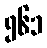
၅၆၁